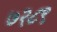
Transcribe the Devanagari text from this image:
७२८९